Leaving Certificate, 1899
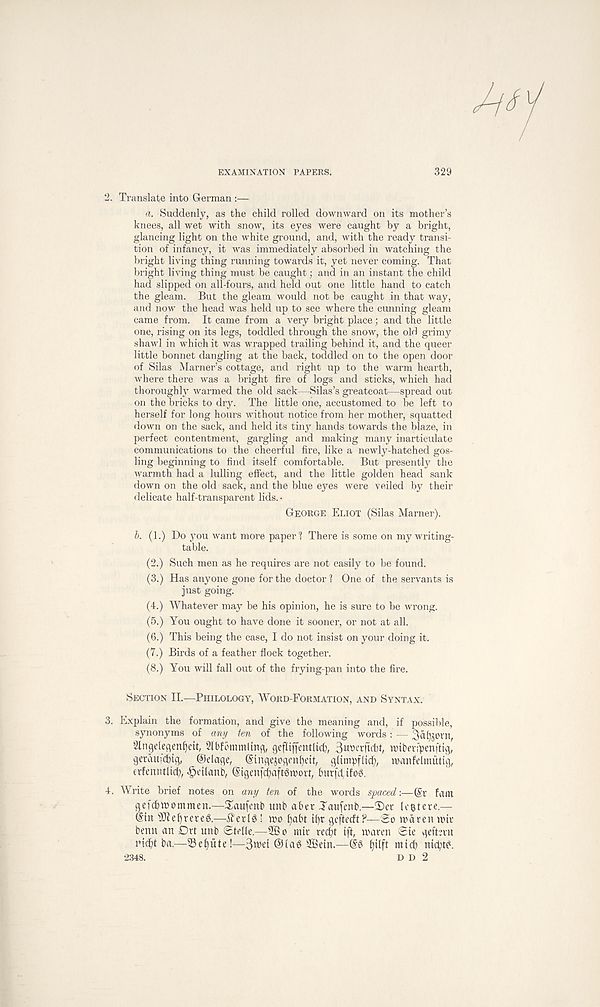
EXAMINATION PAPERS.
329
2. Translate into German :—
a. Suddenly, as the child rolled downward on its mother’s
knees, all wet with snow, its eyes were caught by a bright,
glancing light on the white ground, and, with the ready transi-
tion of infancy, it was immediately absorbed in watching the
bright living thing running towards it, yet never coming. That
bright living thing must be caught; and in an instant the child
had slipped on all-fours, and held out one little hand to catch
the gleam. But the gleam would not be caught in that way,
and now the head was held up to see where the cunning gleam
came from. It came from a very bright place; and the little
one, rising on its legs, toddled through the snow, the old grimy
shawl in which it was wrapped trailing behind it, and the queer
little bonnet dangling at the back, toddled on to the open door
of Silas Marner’s cottage, and right up to the warm hearth,
where there was a bright fire of logs and sticks, which had
thoroughly warmed the old sack—Silas’s greatcoat—spread out
on the bricks to dry. The little one, accustomed to be left to
herself for long hours without notice from her mother, squatted
down on the sack, and held its tiny hands towards the blaze, in
perfect contentment, gargling and making many inarticulate
communications to the cheerful fire, like a newly-hatched gos-
ling beginning to find itself comfortable. But presently the
warmth had a lulling effect, and the little golden head sank
down on the old sack, and the blue eyes were veiled by their
delicate half-transparent lids.-
George Eliot (Silas Marner).
b. (1.) Do you want more paper? There is some on my writing-
table.
(2.) Such men as he requires are not easily to be found.
(3.) Has anyone gone for the doctor ? One of the servants is
just going.
(4.) Whatever may be his opinion, he is sure to be wrong.
(5.) You ought to have done it sooner, or not at all.
(6.) This being the case, I do not insist on your doing it.
(7.) Birds of a feather flock together.
(8.) You will fall out of the frying-pan into the fire.
Section II.—Philology, Word-Formation, and Syntax.
3. Explain the formation, and give the meaning and, if possible,
synonyms of any ten of the following words : — 3at^orn,
2lngeleqen(jett, 2lbfommltnq, gefltffentlicf?, Suherfutt, nnbenpenftig,
getauicfitg, @dage, Qt' ingejogmfyeif, glimpfltc^, manfelmutig,
erfenntlicfy, ^dlanb, @igenfcf)aft3n>orr, burfd tfog.
4. Write brief notes on any ten of the words spaced-.—(Sr fain
gefcbttiommen.—3xiufenb unb aber Taufenb.—$>er (efctere.—
@tn s ]DIef)rereg.—£er(g! mo fjabt (gr geftecft?—So m&ren wit
benn an Drt unb Stelle.—26o mir recf^t iff, warm Sie geftirn
rkbt ba.—23ef)ute!—®{a0 26ctn.—@3 fjllft mtcfrnicbt?.
•2348.
d d 2